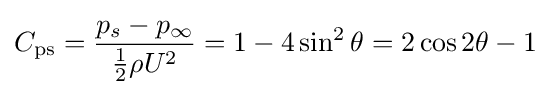
C_{\mathrm {ps} }={\frac {p_{s}-p_{\infty }}{{\tfrac {1}{2}}\rho U^{2}}}=1-4\sin ^{2}\theta =2\cos 2\theta -1